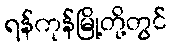
ရန်ကုန်မြို့တို့တွင်